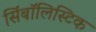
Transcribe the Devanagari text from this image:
सिंबॉलिस्टिक